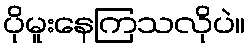
ပိုမူးနေကြသလိုပဲ။